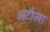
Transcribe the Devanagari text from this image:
अटौला